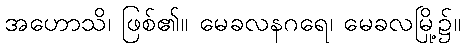
အဟောသိ၊ ဖြစ်၏။ မေခလနဂရေ၊ မေခလမြို့၌။